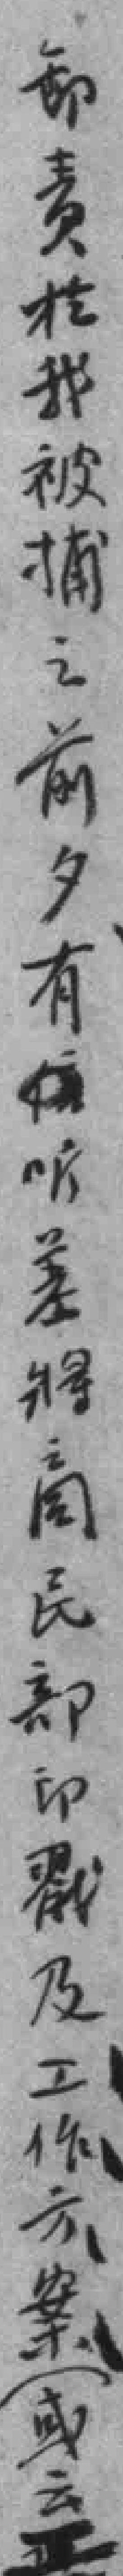
卸责於我被捕之前夕有听差將商民部印戳及工作方案（或云工